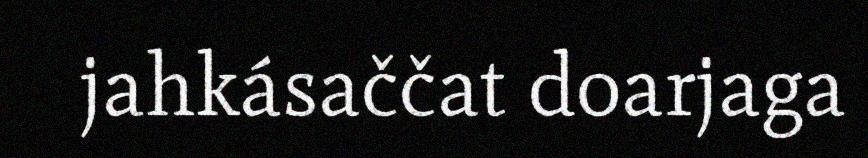
jahkásaččat doarjaga